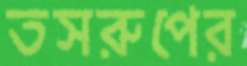
তসরুপের